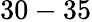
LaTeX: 30-35